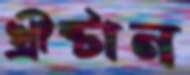
খ্রীষ্টান